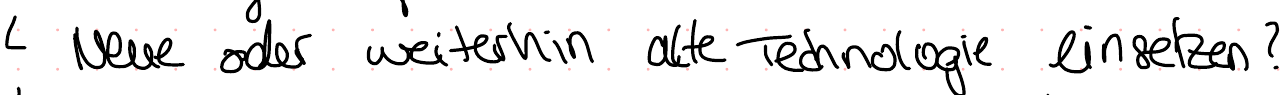
Neue oder weiterhin alte Technologie einsetzen?